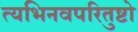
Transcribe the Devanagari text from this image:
त्यभिनवपरितुष्टो